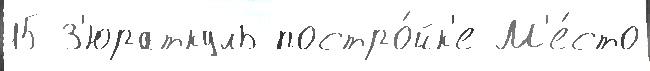
15 З'юраткуль постро́йк'е М'е́сто